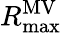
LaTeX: R_{\operatorname*{max}}^{\mathrm{MV}}